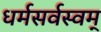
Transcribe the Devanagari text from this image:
धर्मसर्वस्वम्